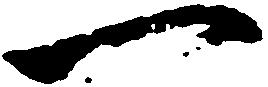
一